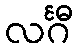
လင်္ဂီ